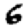
Digit: 6